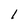
Character: 1